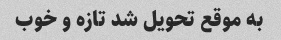
به موقع تحویل شد تازه و خوب